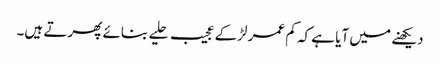
دیکھنے میں آیا ہے کہ کم عمر لڑکے عجیب حلیے بنائے پھرتے ہیں۔